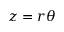
z = r \theta